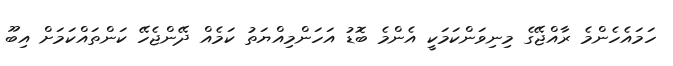
ހަމައެހެންމެ ރާއްޖޭގެ މިނިވަންކަމަކީ އެންމެ ބޮޑު އަހަންމިއްޔަތު ކަމެއް ދޭންޖެހޭ ކަންތައްކަމަށް އިބޫ